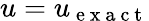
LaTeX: u=u_{\mathrm{~e~x~a~c~t~}}